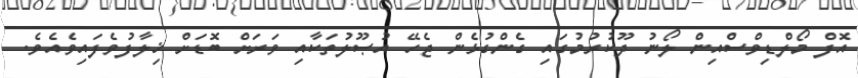
އޮފް މޯލްޑިވްސްއިން ލޯނު ދޫކުރުމުގައި ގެންގުޅެން ޖެހޭ އުޞޫލުތަކާއި ވަރަށް ބޮޑަށް ޚިލާފުވެފައިވެއެވެ.